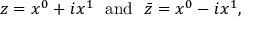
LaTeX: z = x ^ { 0 } + i x ^ { 1 } \ \ \mathrm { a n d } \ \ \bar { z } = x ^ { 0 } - i x ^ { 1 } ,